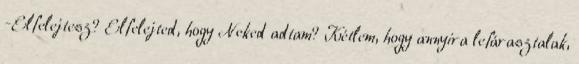
-Elfelejtesz? Elfelejted, hogy Neked adtam? Kétlem, hogy annyira lefárasztalak,